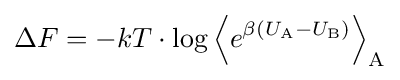
\Delta F=-kT\cdot \log \left\langle e^{\beta (U_{\text{A}}-U_{\text{B}})}\right\rangle _{\text{A}}